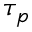
\tau _ { p }